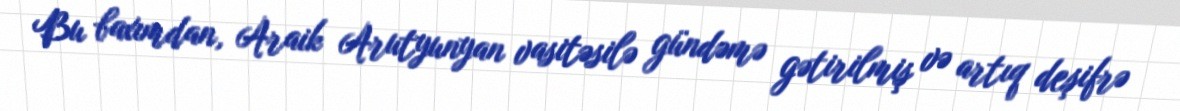
Bu baxımdan, Araik Arutyunyan vasitəsilə gündəmə gətirilmiş və artıq deşifrə